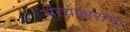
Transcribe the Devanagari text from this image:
अंत्याक्षराचा